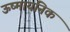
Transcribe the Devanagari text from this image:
ऊष्मायनिक